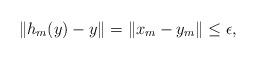
LaTeX: \begin{align*}\lVert h_m(y)-y\rVert=\lVert x_m-y_m\rVert \le \epsilon, \end{align*}